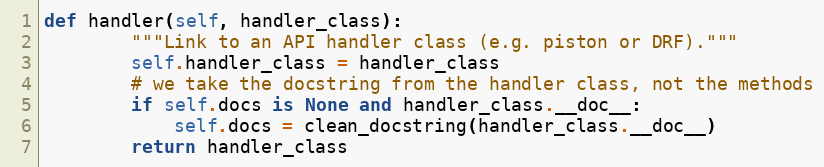
Language: Python
def handler(self, handler_class):
        """Link to an API handler class (e.g. piston or DRF)."""
        self.handler_class = handler_class
        # we take the docstring from the handler class, not the methods
        if self.docs is None and handler_class.__doc__:
            self.docs = clean_docstring(handler_class.__doc__)
        return handler_class